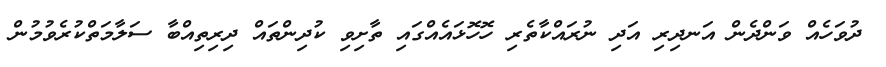
ދުވަހެއް ވަންދެން އަނދިރި އަދި ނުރައްކާތެރި ހޮހޮޅައެއްގައި ތާށިވި ކުދިންތައް ދިރިތިއްބާ ސަލާމަތްކުރެވުމުން